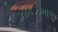
ઝાકઝમાળ